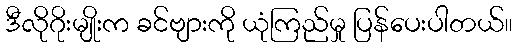
ဒီလိုဂိုးမျိုးက ခင်ဗျားကို ယုံကြည်မှု ပြန်ပေးပါတယ်။